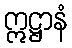
ဣဋ္ဌာနံ